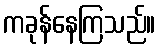
ကခုန်နေကြသည်။